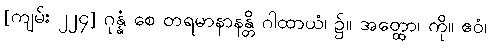
[ကျမ်း ၂၂၄] ဂုန္နံ စေ တရမာနာနန္တိ ဂါထာယံ၊ ၌။ အတ္ထော၊ ကို။ ဧဝံ၊